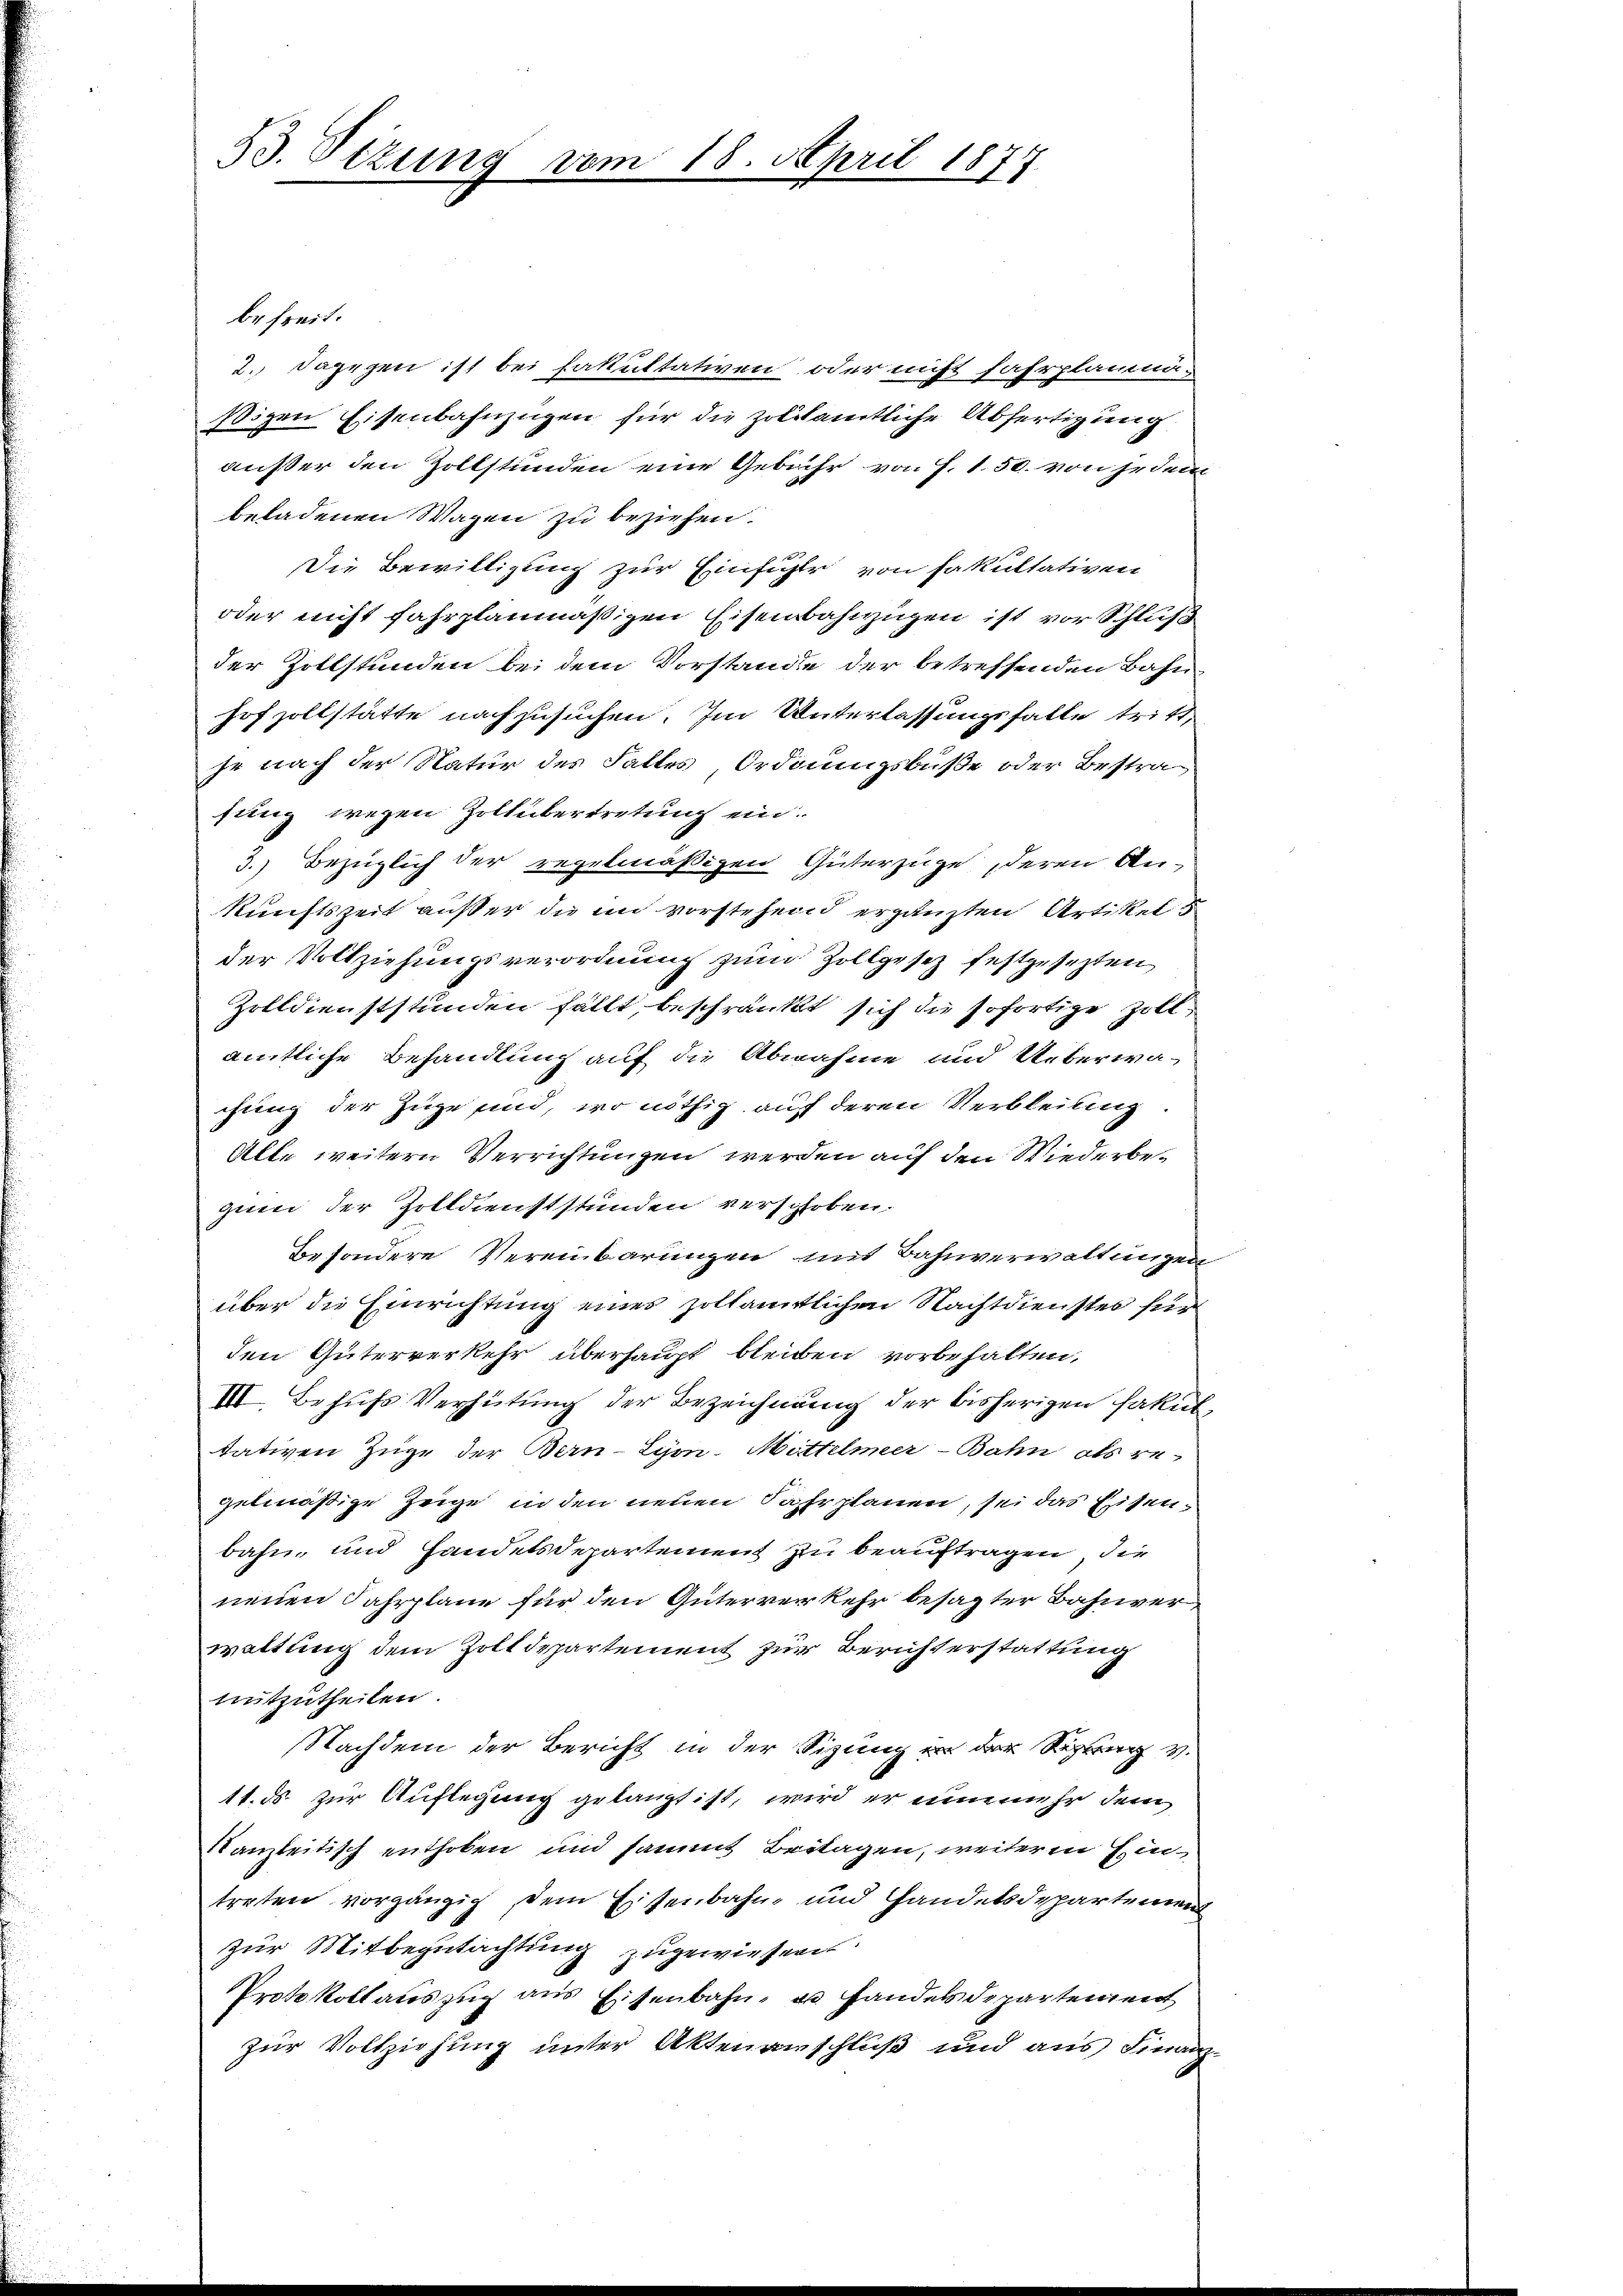
53. Sizung vom 18. April 1877

befreit.
2. Dagegen ist bei Fakultativen oder nicht fahrplanman
sizen Eisenbahnzügen für die zoltamtliche Abfertigung
außer den Zollstünden eine Gebühr von f. 1.50. von jedem
beladenen Wagen zu beziehen.
Die Bewilligung zur Einfühle von Fakultativen
oder nicht fahrplanmäßigen Eisenbahnzügen ist vor Schluß
der Zollstunden bei dem Vorstande der betreffenden Bahn
hof zollstätte nachzusuchen. Im Unterlassungsfalle tritt,
je nach der Natur des Falles, Ordnungsbuße oder Bestrasung wegen Zollübertretung ein.
3.) Bezüglich der regelmäßigen Güterzüge deren Ankunftszeit außer die im vorstehend ergänzten Artikel 5
der Vollziehungsverordnung zum Zollgesez festgesezten
Zolldienststunden fällt, beschränkt sich die sofortige Zollamtliche Behandlung auf die Abnahme und Ueberwachung der Zuge sind, wo nöthig auf deren Verbleiung
Alle weitern Verrichtungen werden auf den Wiederbezum der Zolldienststunden verschoben.
besondere Vereinbarungen mit Bahnverwaltungen
über die Einrichtung eines zoltamtlichen Nachtdienstes für
den Güterverkehr überhaupt bleiben vorbehalten,
III. Behufs Verhütung der Bezeichnung der bisherigen Fakultativen Züge der Bern-Syon-Mittelmeer-Bahn als regelmäßige Zeige in den neuen Fahrplanen, sei das Eisenbahn, und Handelsdepartement zu beauftragen, die
neuen Fahrplane für den Güterreir kehr besagter Bahnverwaltung dem Zolldepartement zur Berichterstattung
mitzutheilen.
Nachdem der Bericht in der Sitzung in der Regung v.
11. ds. zur Auflegung gelangt ist, wird er eine mehr dem
Kanzleitisch enthoben und sammt Beitagen, weiteren Ein
treten vorgängig, dem Eisenbahn- und Handelsdepartement
zur Mitbegutachtung zugewiesen.
Protokollauszug aus Eisenbahn- u. Handels Departement
zur Vollziehung unter Aktenanschluß und aus Finanz-